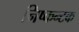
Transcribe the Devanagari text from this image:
निष्कन्टक